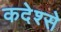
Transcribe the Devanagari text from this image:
कदेश्से